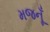
મજનૂઁ